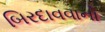
બિરદાવવાનો